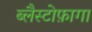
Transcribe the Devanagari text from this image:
ब्लैस्टोफ़ागा